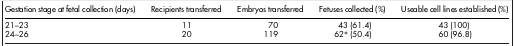
<table><thead><tr><td><b>Gestation stage at fetal collection (days)</b></td><td><b>Recipients transferred</b></td><td><b>Embryos transferred</b></td><td><b>Fetuses collected (%)</b></td><td><b>Useable cell lines established (%)</b></td></tr></thead><tbody><tr><td>21–23</td><td>11</td><td>70</td><td>43 (61.4)</td><td>43 (100)</td></tr><tr><td>24–26</td><td>20</td><td>119</td><td>62* (50.4)</td><td>60 (96.8)</td></tr></tbody></table>